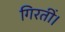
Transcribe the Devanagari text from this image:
गिरतीं।